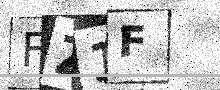
Text: FZ1F